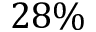
2 8 \%